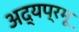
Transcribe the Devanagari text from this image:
अद्यप्रभू